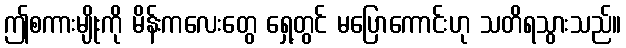
ဤစကားမျိုးကို မိန်းကလေးတွေ ရှေ့တွင် မပြောကောင်းဟု သတိရသွားသည်။